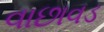
વાછાવડ